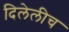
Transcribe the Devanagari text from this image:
दिलेलीच